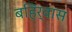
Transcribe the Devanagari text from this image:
बहिर्वास